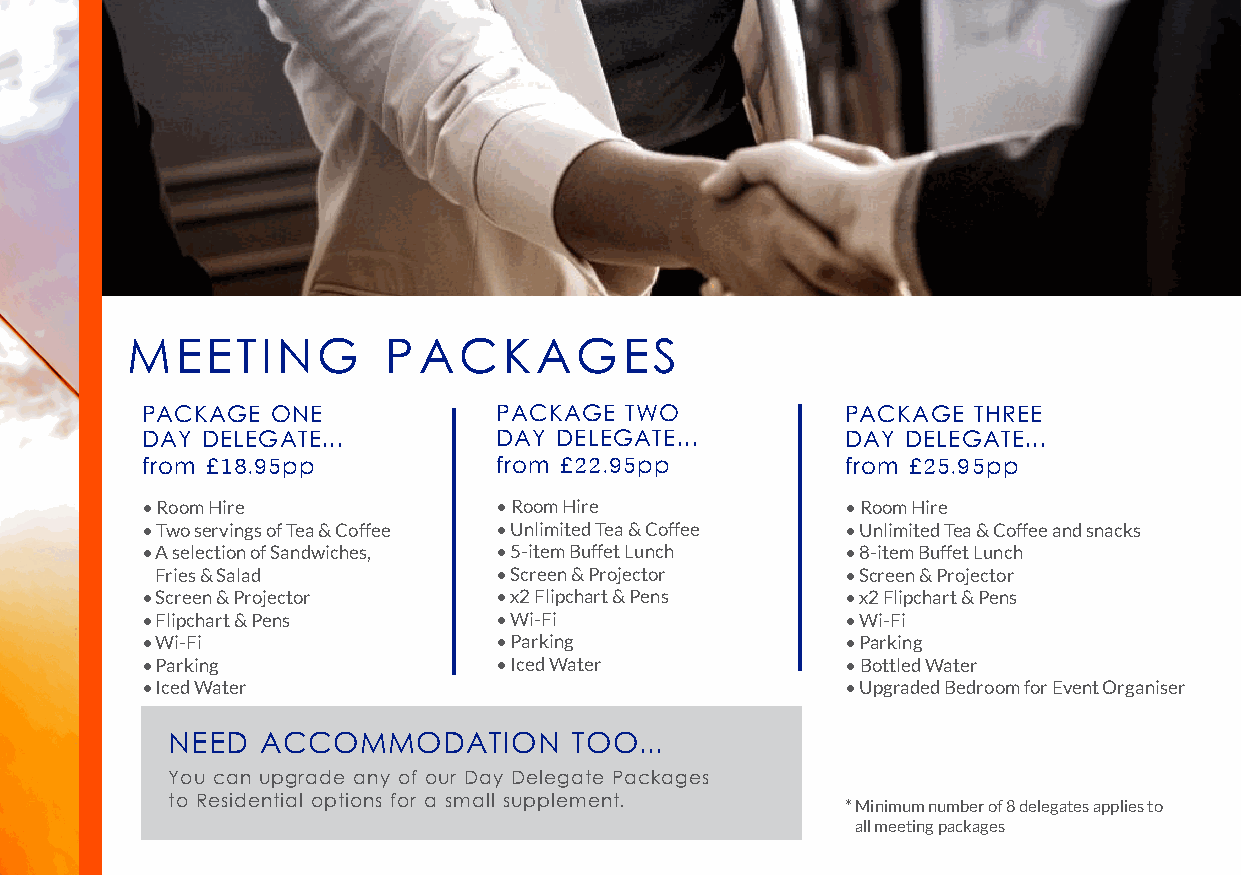
MEETING          PACKAGES
 PACKAGE  ONE            PACKAGE TWO            PACKAGE THREE
 DAY DELEGATE...         DAY DELEGATE...        DAY DELEGATE...
 from £18.95pp           from £22.95pp          from £25.95pp
 • Room Hire             • Room Hire            • Room Hire
 • Two servings of Tea & Coffee • Unlimited Tea & Coffee • Unlimited Tea & Coffee and snacks
 • A selection of Sandwiches, • 5-item Buffet Lunch • 8-item Buffet Lunch
 Fries & Salad          • Screen & Projector   • Screen & Projector
 • Screen & Projector    • x2 Flipchart & Pens  • x2 Flipchart & Pens
 • Flipchart & Pens      • Wi-Fi                • Wi-Fi
 • Wi-Fi                 • Parking              • Parking
 • Parking               • Iced Water           • Bottled Water
 • Iced Water                                   • Upgraded Bedroom for Event Organiser
 NEED  ACCOMMODATION        TOO...
 You can upgrade any of our Day Delegate Packages
 to Residential options for a small supplement. * Minimum number of 8 delegates applies to
 all meeting packages